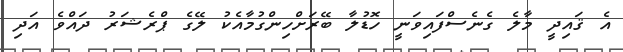
އެ ޤައިދީ މާލެ ގެނެސްފައިވަނީ ހޮޑުލާ ބޭރަށްހިންގުމާއެކު ލޭގެ ޕްރެޝަރު ދައްވެ އަދި